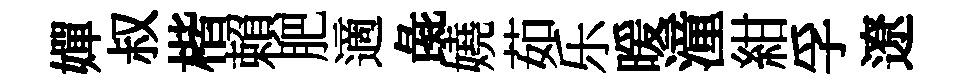
嬋叔楷賴肥適彘嬈茹乐暖潼紺孚遼